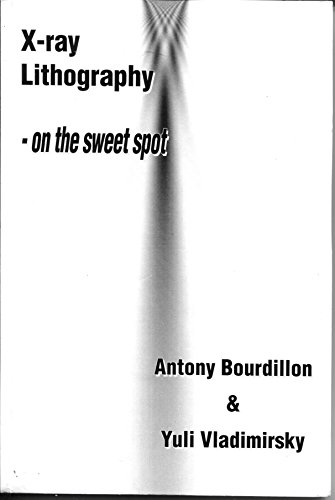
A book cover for X-ray Lithography - on the sweet spot; Antony Bourdillon; Arts & Photography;